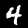
Digit: 4